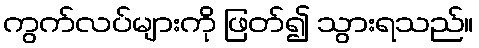
ကွက်လပ်များကို ဖြတ်၍ သွားရသည်။